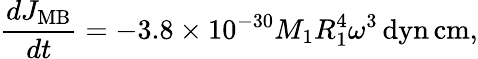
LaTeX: \frac{dJ_{\mathrm{MB}}}{dt}=-3.8\times 10^{-30}M_{\mathrm{1}}R_{\mathrm{1}}^{4}\omega^{3}\, \mathrm{dyn}\, \mathrm{cm},